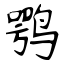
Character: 鹗